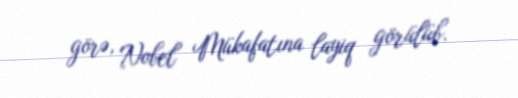
görə, Nobel Mükafatına layiq görülüb.